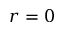
r = 0